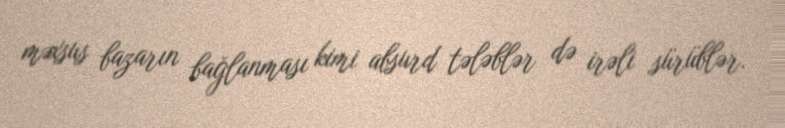
məxsus bazarın bağlanması kimi absurd tələblər də irəli sürüblər.